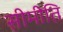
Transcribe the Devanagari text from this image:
सीमीति